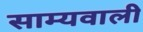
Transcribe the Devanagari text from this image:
साम्यवाली